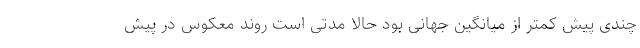
چندی پیش کمتر از میانگین جهانی بود حالا مدتی است روند معکوس در پیش